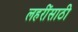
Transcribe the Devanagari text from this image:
लहरींसाठी